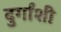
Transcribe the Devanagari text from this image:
दुर्गांशी